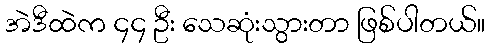
အဲဒီထဲက ၄၄ ဦး သေဆုံးသွားတာ ဖြစ်ပါတယ်။